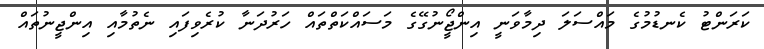
ކަރަންޓު ކެނޑުމުގެ މައްސަލަ ދިމާވަނީ އިންޖީޯނުގޭގެ މަސައްކަތްތައް ހަރުދަނާ ކުރެވިފައި ނެތުމާއި އިންޖީނުތައް